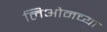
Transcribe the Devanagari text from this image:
लिओनच्या